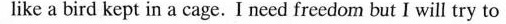
like a bird kept in a cage. I need freedom but I will try to